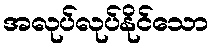
အလုပ်လုပ်နိုင်သော